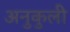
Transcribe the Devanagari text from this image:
अनुकुली